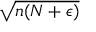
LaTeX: \sqrt { n ( N + \epsilon ) }